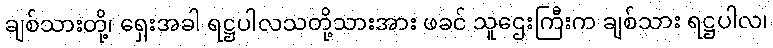
ချစ်သားတို့၊ ရှေးအခါ ရဋ္ဌပါလသတို့သားအား ဖခင် သူဌေးကြီးက ချစ်သား ရဋ္ဌပါလ၊